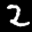
Label: 2